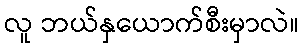
လူ ဘယ်နှယောက်စီးမှာလဲ။